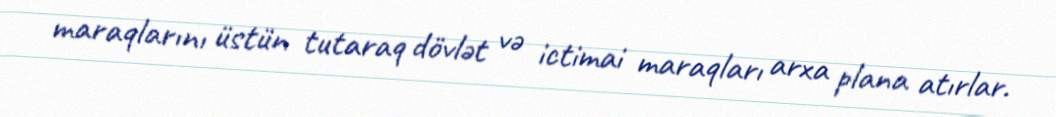
maraqlarını üstün tutaraq dövlət və ictimai maraqları arxa plana atırlar.